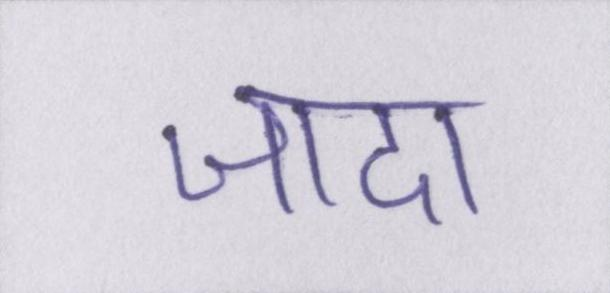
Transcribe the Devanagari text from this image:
जादा